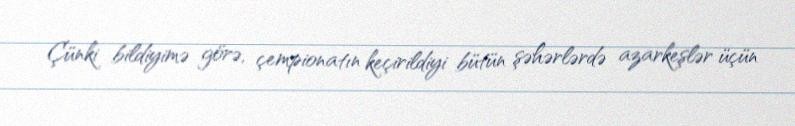
Çünki bildiyimə görə, çempionatın keçirildiyi bütün şəhərlərdə azarkeşlər üçün